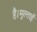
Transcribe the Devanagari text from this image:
है।मुल्ताई